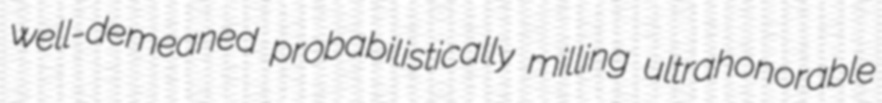
well-demeaned probabilistically milling ultrahonorable